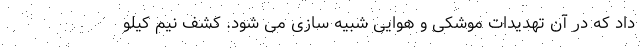
داد که در آن تهدیدات موشکی و هوایی شبیه سازی می شود. کشف نیم کیلو